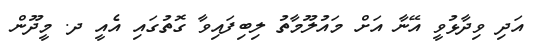
އަދި ވިދާޅުވީ އޭނާ އަށް މައުލޫމާތު ލިބިފައިވާ ގޮތުގައި އެއީ ދ. މީދޫން